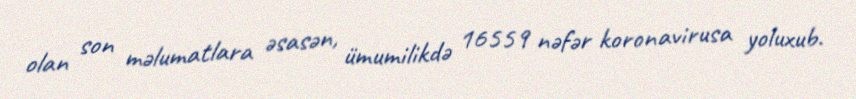
olan son məlumatlara əsasən, ümumilikdə 16559 nəfər koronavirusa yoluxub.